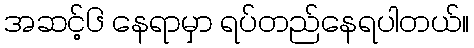
အဆင့်၆ နေရာမှာ ရပ်တည်နေရပါတယ်။